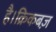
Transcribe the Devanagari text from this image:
है।क्रिकबज़